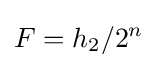
F=h_{2}/2^{n}